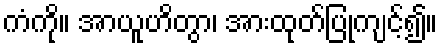
ကံကို။ အာယူဟိတွာ၊ အားထုတ်ပြုကျင့်၍။